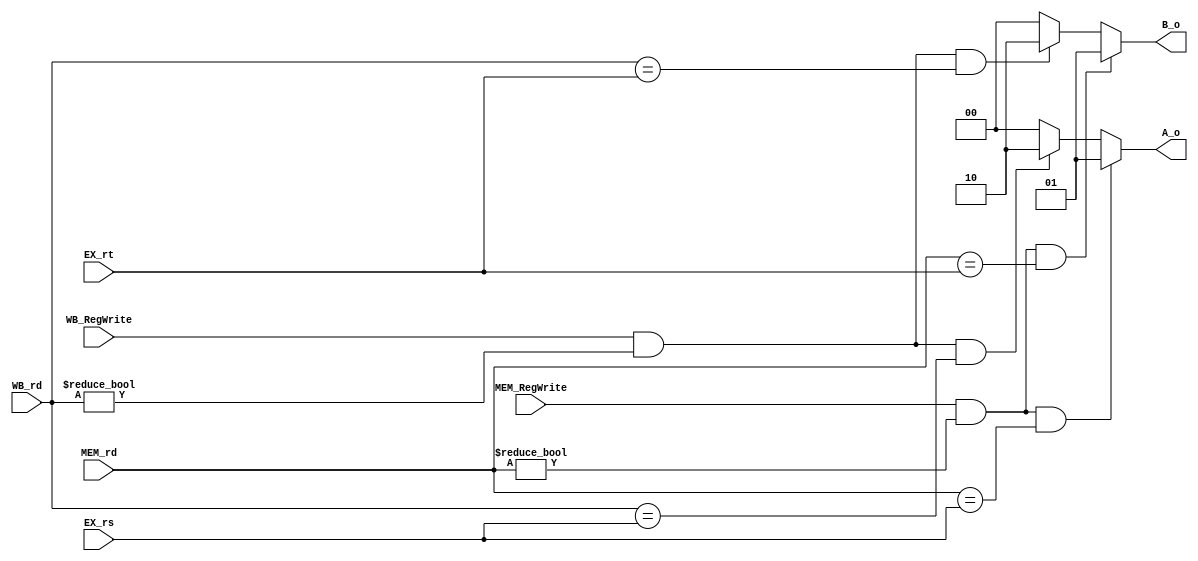
module Forwarding_unit(
	MEM_rd,
	WB_rd,
	EX_rs,
	EX_rt,
	MEM_RegWrite,
	WB_RegWrite,
	A_o,
	B_o
    );
//I/O ports  
input [5-1:0] MEM_rd;
input [5-1:0] WB_rd;
input [5-1:0] EX_rs;
input [5-1:0] EX_rt;
input MEM_RegWrite;
input WB_RegWrite;
output [2-1:0] A_o;
output [2-1:0] B_o;

//Internal Signals
wire [2-1:0] A_o; 
wire [2-1:0] B_o;
//Main function


assign A_o = (MEM_RegWrite & (MEM_rd != 0) & (MEM_rd == EX_rs))?2'b01:
		(WB_RegWrite & (WB_rd != 0) & (WB_rd == EX_rs))?2'b10:
		2'b00;

assign B_o = (MEM_RegWrite & (MEM_rd != 0) & (MEM_rd == EX_rt))?2'b01:
		(WB_RegWrite & (WB_rd != 0) & (WB_rd == EX_rt))?2'b10:
		2'b00;



endmodule